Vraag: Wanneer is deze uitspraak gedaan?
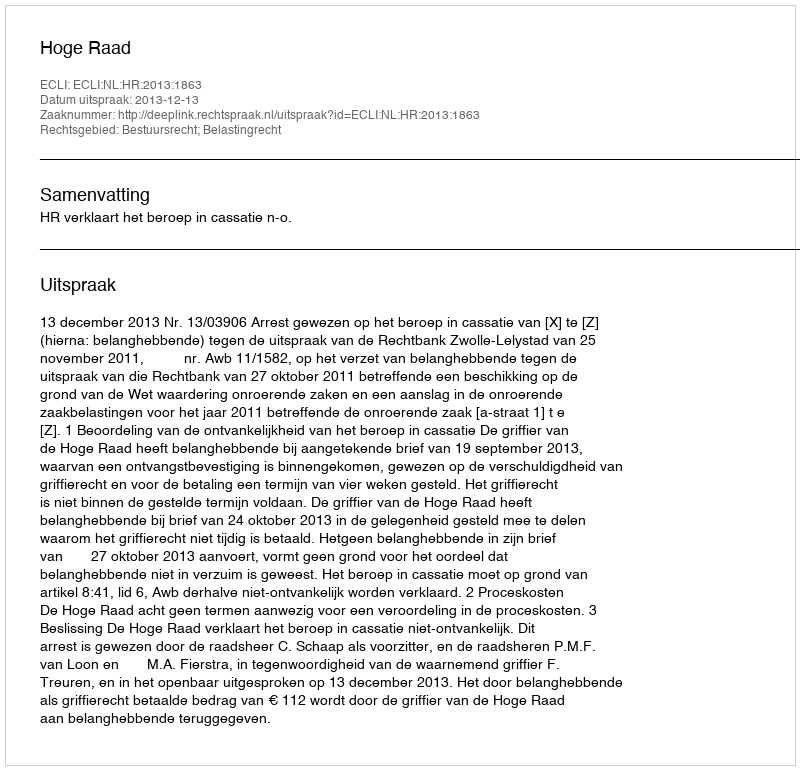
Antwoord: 2013-12-13